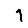
Digit: 1